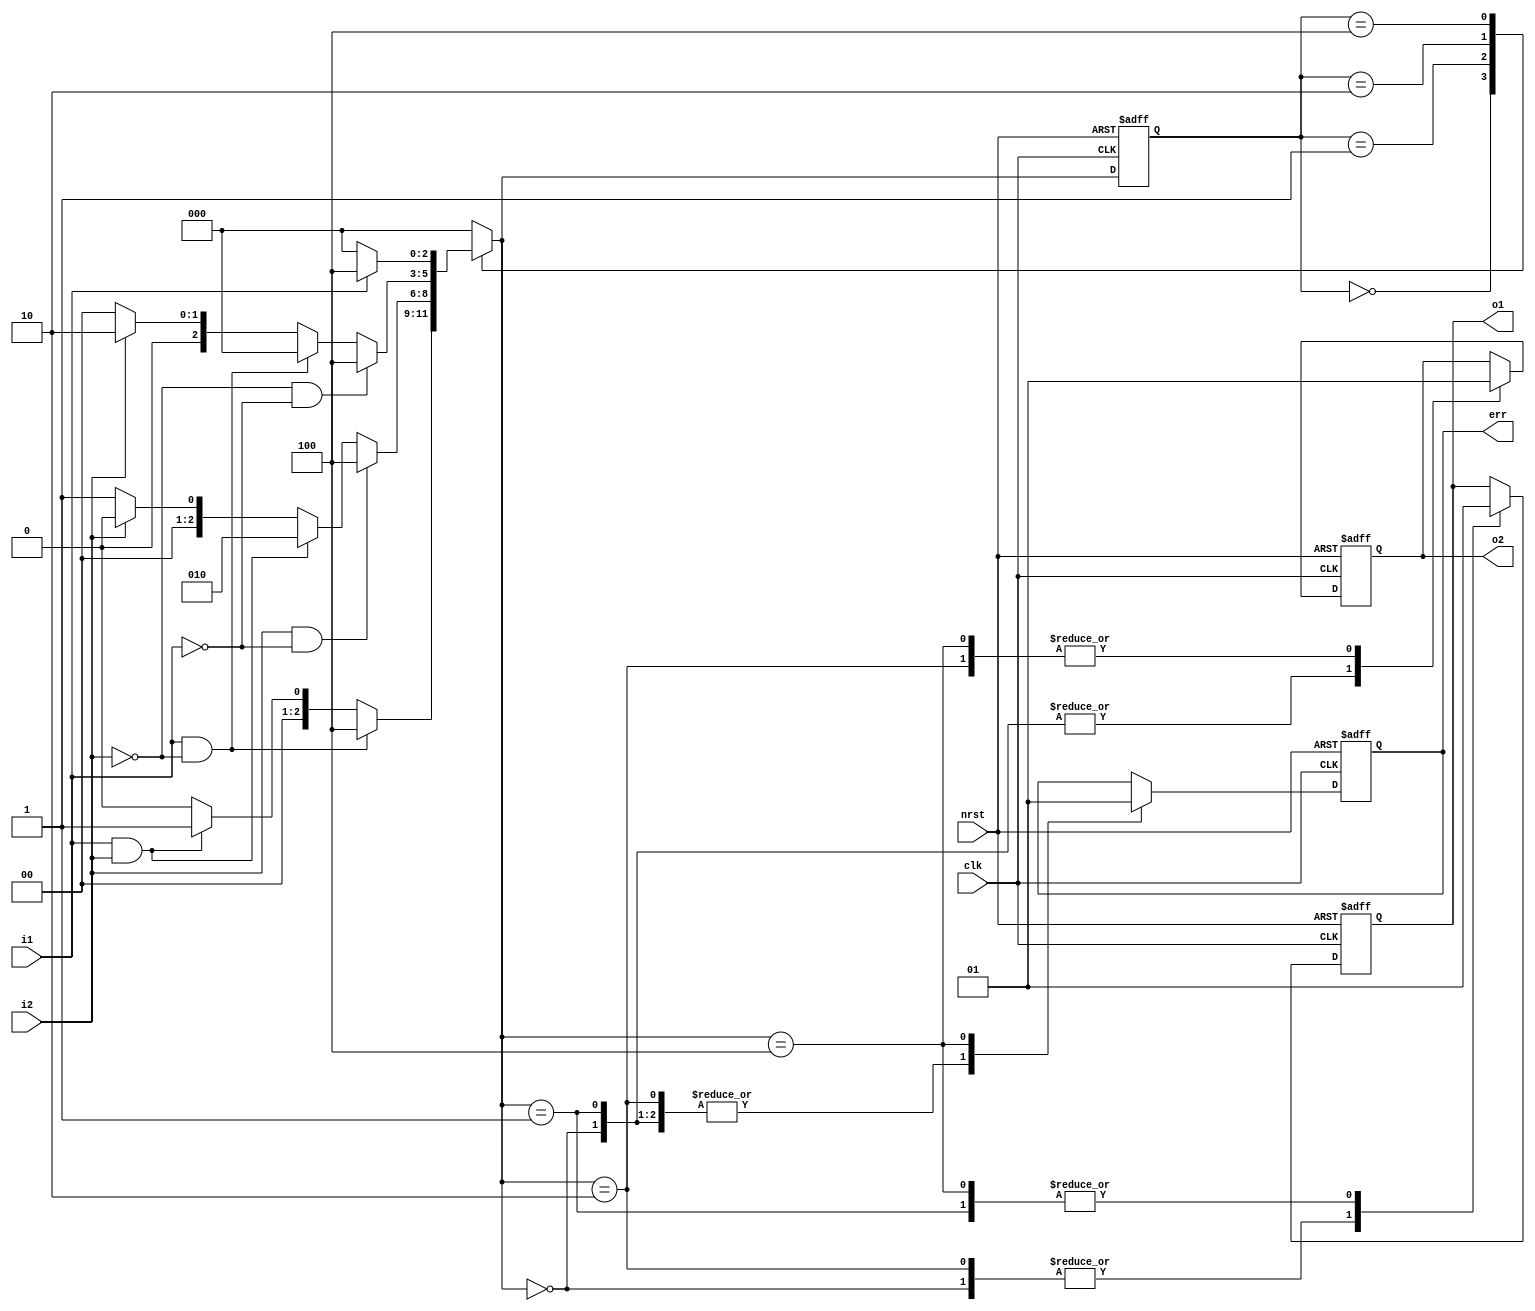
//
// 3-paragraph method to describe FSM 
// Describe sequential state transition in the 1st sequential always block 
// Describe state transition conditions in the 2nd combinational always block 
// Describe the state out in the 3rd SEQUENTIAL always block 
//
module sm_para_3 ( 
  nrst,
  clk, 
  i1,
  i2, 
  o1,
  o2, 
  err 
); 
              
  input          nrst;
  input          clk; 
  input          i1; 
  input          i2; 
  output         o1; 
  output         o2; 
  output         err; 
  
  reg            o1;
  reg            o2;
  reg            err; 
  
  reg    [2:0]   cs; // current_state
  reg    [2:0]   ns; // next state
  parameter [2:0]    // one hot with zero idle 
        IDLE   = 3'b000, 
        S1     = 3'b001, 
        S2     = 3'b010, 
        ERROR  = 3'b100; 
  
  //
  // 1st always block, sequential state transition 
  //
  always @( posedge clk or negedge nrst ) begin
    if ( !nrst ) begin             
      cs <= IDLE;         
    end                   
    else begin                  
      cs <= ns;            
    end                   
  end
  
  //
  // 2nd always block, combinational state output
  //
  always @( cs or i1 or i2 ) begin
    ns = IDLE; 
    case ( cs ) 
      IDLE : begin 
        if ( ~i1 ) begin 
          ns  = IDLE; 
        end 
        if ( i1 && i2 ) begin
          ns  = S1; 
        end 
        if ( i1 && ~i2 ) begin
          ns  = ERROR; 
        end 
      end 
      S1 : begin 
        if ( ~i2 ) begin
          ns  = S1; 
        end 
        if ( i2 && i1 ) begin
          ns  = S2; 
        end 
        if ( i2 && ( ~i1 ) ) begin
          ns  = ERROR; 
        end 
      end 
      S2 : begin 
        if ( i2 ) begin
          ns  = S2; 
        end 
        if ( ~i2 && i1 ) begin
          ns  = IDLE; 
        end 
        if ( ~i2 && ( ~i1 ) ) begin
          ns  = ERROR; 
        end 
      end 
      ERROR : begin 
        if ( i1 ) begin
          ns  = ERROR; 
        end 
        if ( ~i1 ) begin
          ns  = IDLE; 
        end 
      end 
    endcase 
  end
  
  //
  // 3rd always block, the sequential state/FSM output 
  //
  always @( posedge clk or negedge nrst ) begin 
    if ( !nrst ) begin 
      {o1,o2,err} <= 3'b000; 
    end
    else begin 
      case ( ns ) 
        IDLE : {o1,o2,err} <= 3'b000; 
        S1   : {o1,o2,err} <= 3'b100; 
        S2   : {o1,o2,err} <= 3'b010; 
        ERROR: {o1,o2,err} <= 3'b111; 
      endcase 
    end 
  end
  
endmodule